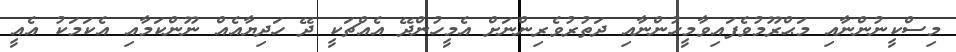
މިސްކީނުންނާއި މަޙްރޫމުވެފައިވާމީހުންނާއި ދަތުރުވެރިންނަށް އެމީހުންދޭ އެއްޗަކީ ދޭ ހަދިޔާއެއް ނޫންކަމާއި އެކަމަކު އެއީ